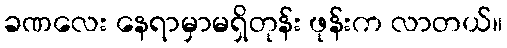
ခဏလေး နေရာမှာမရှိတုန်း ဖုန်းက လာတယ်။